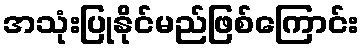
အသုံးပြုနိုင်မည်ဖြစ်ကြောင်း